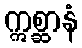
ဣစ္ဆာနံ